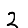
Digit: 2